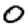
Digit: 0